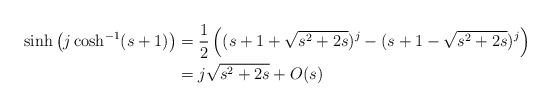
LaTeX: \begin{align*}\sinh\left(j\cosh^{-1}(s+1)\right)&=\frac{1}{2}\left( (s+1+\sqrt{s^2+2s})^j - (s+1-\sqrt{s^2+2s})^j\right)\\&=j\sqrt{s^2+2s}+O(s)\,\,\,\,\,\end{align*}